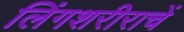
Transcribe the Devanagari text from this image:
लिंगशरीराचें